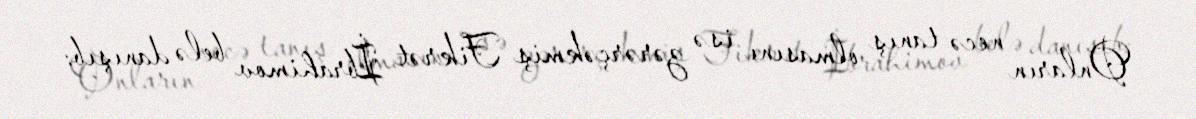
Onların necə tanış olmasını isə zərərçəkmiş Fikrət İbrahimov belə danışıb: